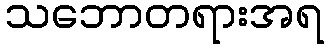
သဘောတရားအရ